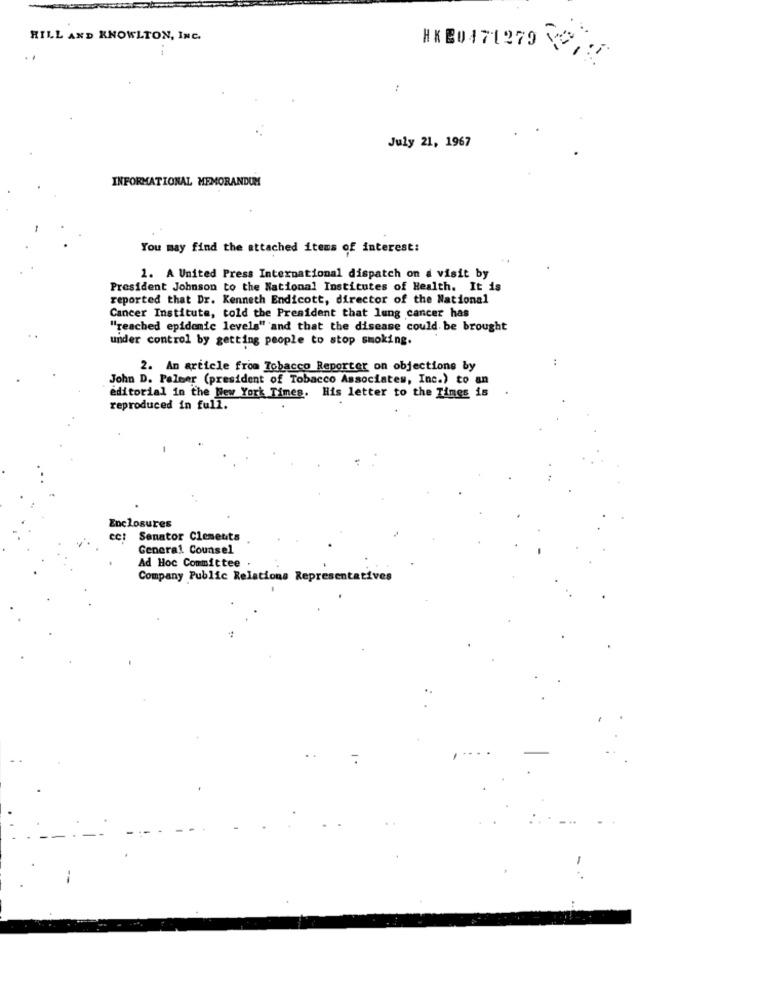
HILL AND KNOWLTON, INC.
HK 20171279 VO
.-
:
July 21, 1967
INFORMATIONAL MEMORANDUM
You may find the attached items of interest:
1. A United Press International dispatch on a visit by
President Johnson to the National Institutes of Health. It is
reported that Dr. Kenneth Endicott, director of the National
Cancer Institute, told the President that lung cancer has
"reached epidemic levels" and that the disease could be brought
under control by getting people to stop smoking.
..
2. An article from Tobacco Reporter on objections by
John D. Palmer (president of Tobacco Associates, Inc.) to an
editorial in the New York Times. His letter to the Times is
reproduced in full.
Enclosures
cc: Senator Clements
General Counsel
Ad Hoc Committee .
Company Public Relations Representatives